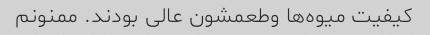
کیفیت میوه‌ها وطعمشون عالی بودند. ممنونم